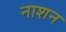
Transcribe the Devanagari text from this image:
नाशन